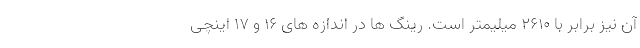
آن نیز برابر با 2610 میلیمتر است. رینگ ها در اندازه های 16 و 17 اینچی